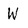
Character: W